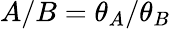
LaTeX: A/B=\theta_{A}/\theta_{B}